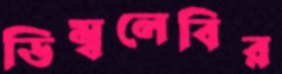
ডিম্বলেবির